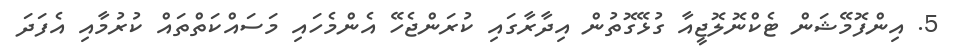
5. އިންފޮމޭޝަން ޓެކްނޮލޮޖީއާ ގުޅޭގޮތުން އިދާރާގައި ކުރަންޖެހޭ އެންމެހައި މަސައްކަތްތައް ކުރުމާއި އެފަދަ